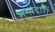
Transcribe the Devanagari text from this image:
भगीदारों